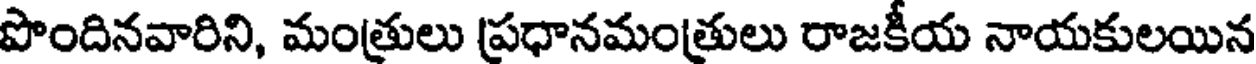
పొందినవారిని, మంత్రులు ప్రధానమంత్రులు రాజకీయ నాయకులయిన